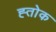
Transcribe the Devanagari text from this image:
ह्तोक